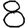
Digit: 8